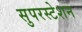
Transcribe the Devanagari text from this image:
सुपरस्टेशन